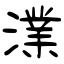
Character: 澲